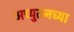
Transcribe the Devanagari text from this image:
अच्युतनच्या